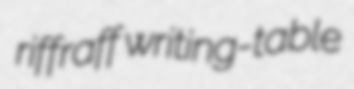
riffraff writing-table